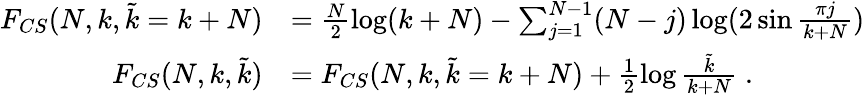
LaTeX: \begin{array}{rl}{F_{CS}(N,k,{\tilde{k}}=k+N)}&{=\frac{N}{2}\log(k+N)-\sum_{j=1}^{N-1}(N-j)\log(2\sin\frac{\pi j}{k+N})}\\ {F_{CS}(N,k,{\tilde{k}})}&{=F_{CS}(N,k,{\tilde{k}}=k+N)+\frac{1}{2}\log\frac{{\tilde{k}}}{k+N}\; .}\end{array}